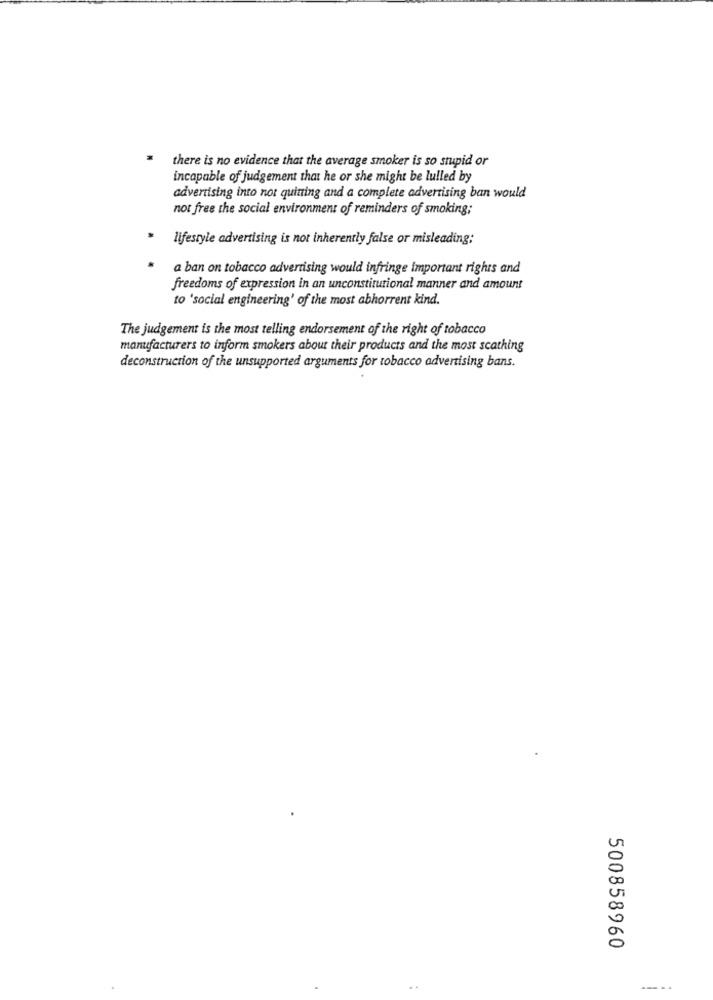
there is no evidence that the average smoker is so stupid or
incapable of judgement that he or she might be lulled by
advertising into not quining and a complete advertising ban would
not free the social environment of reminders of smoking;
lifestyle advertising is not inherently false or misleading:
a ban on tobacco advertising would infringe important rights and
freedoms of expression in an unconstitutional manner and amount
to 'social engineering' of the most abhorrent kind.
The judgement is the most telling endorsement of the right of tobacco
manufacturers to inform smokers about their products and the most scathing
deconstruction of the unsupported arguments for tobacco advertising bans.
500858960
----